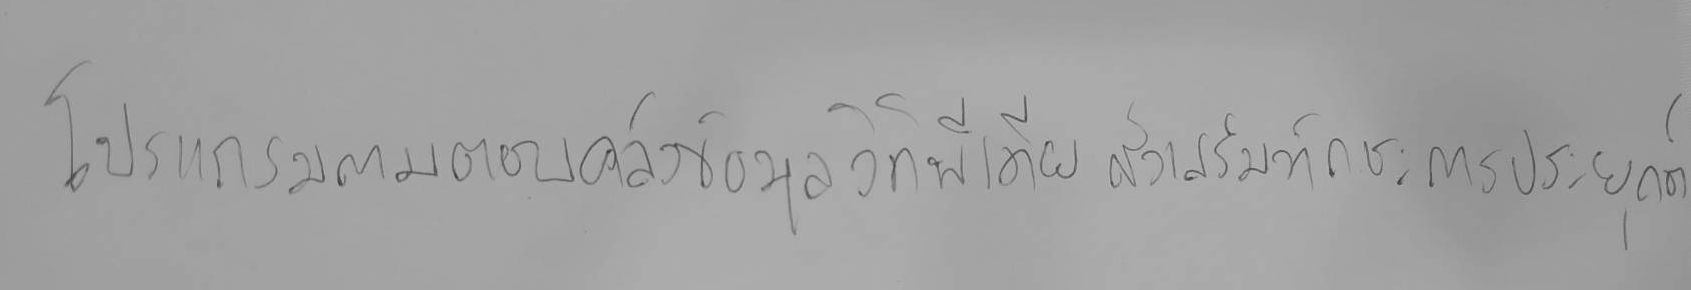
โปรแกรมถามตอบคลังข้อมูลวิกิพีเดีย ส่งเสริมทักษะการประยุกต์